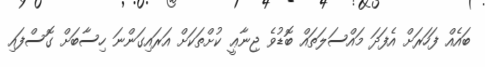
ބައެއް ފަހަރަށް އެފަދަ މައްސަލަތައް ބޮޑުވެ ޖިނާޢީ ކުށްތަކަށް އަރައިގަންނަ ހިސާބަށް ގޮސްފައި